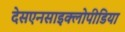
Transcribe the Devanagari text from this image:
देसएनसाइक्लोपीडिया